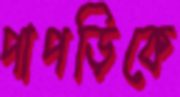
পাপড়িকে